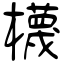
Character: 櫗